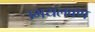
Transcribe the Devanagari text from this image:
उभयलवण